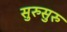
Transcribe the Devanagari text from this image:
सुरुसुरु